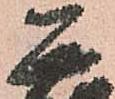
正